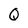
Character: Q